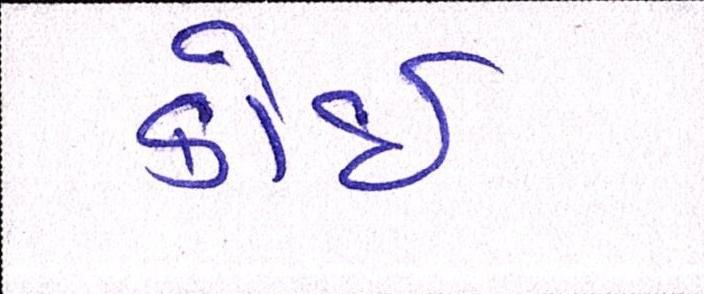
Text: કોઈ